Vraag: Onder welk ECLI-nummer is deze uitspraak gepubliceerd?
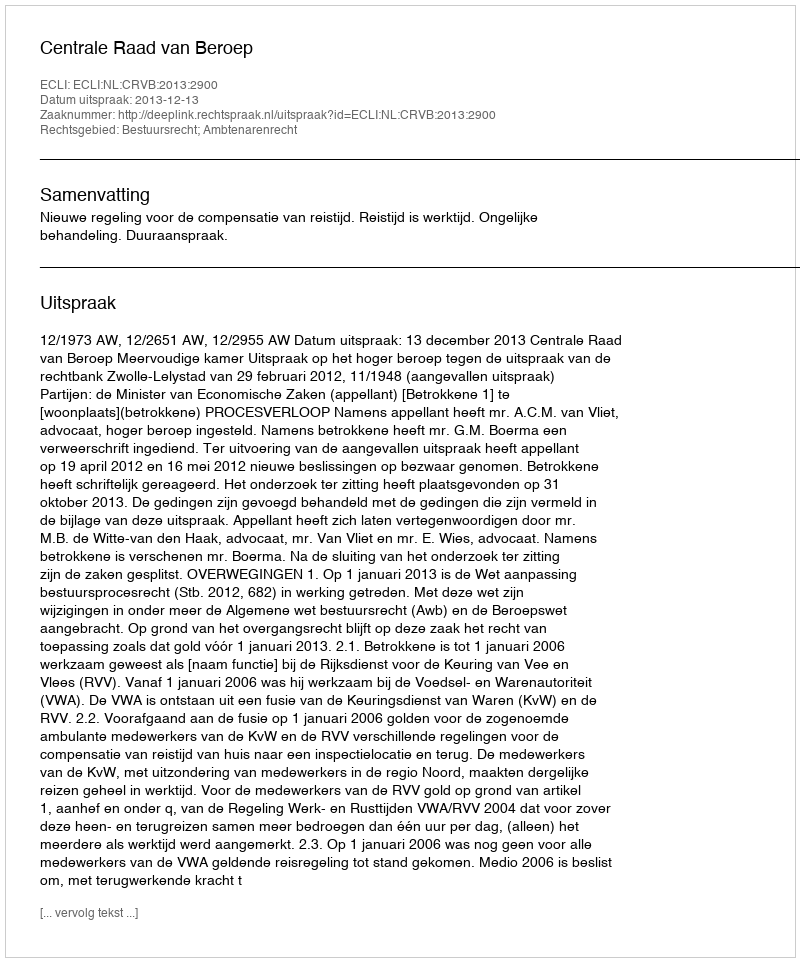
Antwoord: ECLI:NL:CRVB:2013:2900